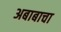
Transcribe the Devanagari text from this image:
अबाबाचा